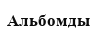
Альбомды